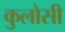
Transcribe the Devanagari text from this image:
कुलोसी